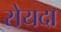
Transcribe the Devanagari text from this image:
सेयदा